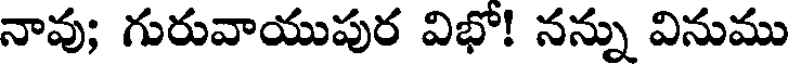
నావు; గురువాయుపుర విభో! నన్ను వినుము